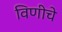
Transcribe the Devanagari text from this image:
विणीचे